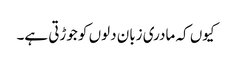
کیوں کہ مادری زبان دلوں کو جوڑتی ہے۔